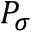
P _ { \sigma }